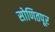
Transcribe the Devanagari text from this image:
सोणितपूर